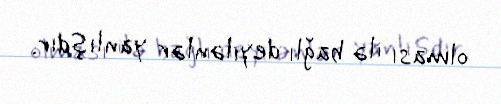
olması ilə bağlı deyilənlər yanlışdır.